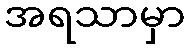
အရသာမှာ